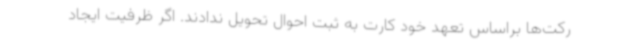
رکت‌ها براساس تعهد خود کارت به ثبت احوال تحویل ندادند. اگر ظرفیت ایجاد